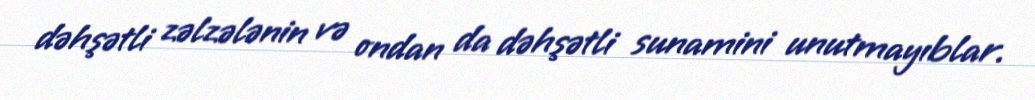
dəhşətli zəlzələnin və ondan da dəhşətli sunamini unutmayıblar.